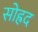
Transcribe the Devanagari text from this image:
सोह्रद